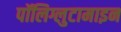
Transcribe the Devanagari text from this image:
पॉलिग्लुटामाइन